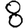
Digit: 8